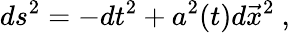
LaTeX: ds^{2}=-dt^{2}+a^{2}(t)d{\vec{x}}^{2}\ ,